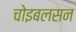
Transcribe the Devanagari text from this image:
चोइबलसन